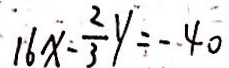
1 6 x - \frac { 2 } { 3 } y = - 4 0